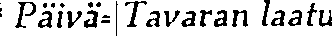
Päivä- Tavaran laatu